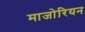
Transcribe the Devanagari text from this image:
माजोरियन